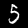
Label: 5